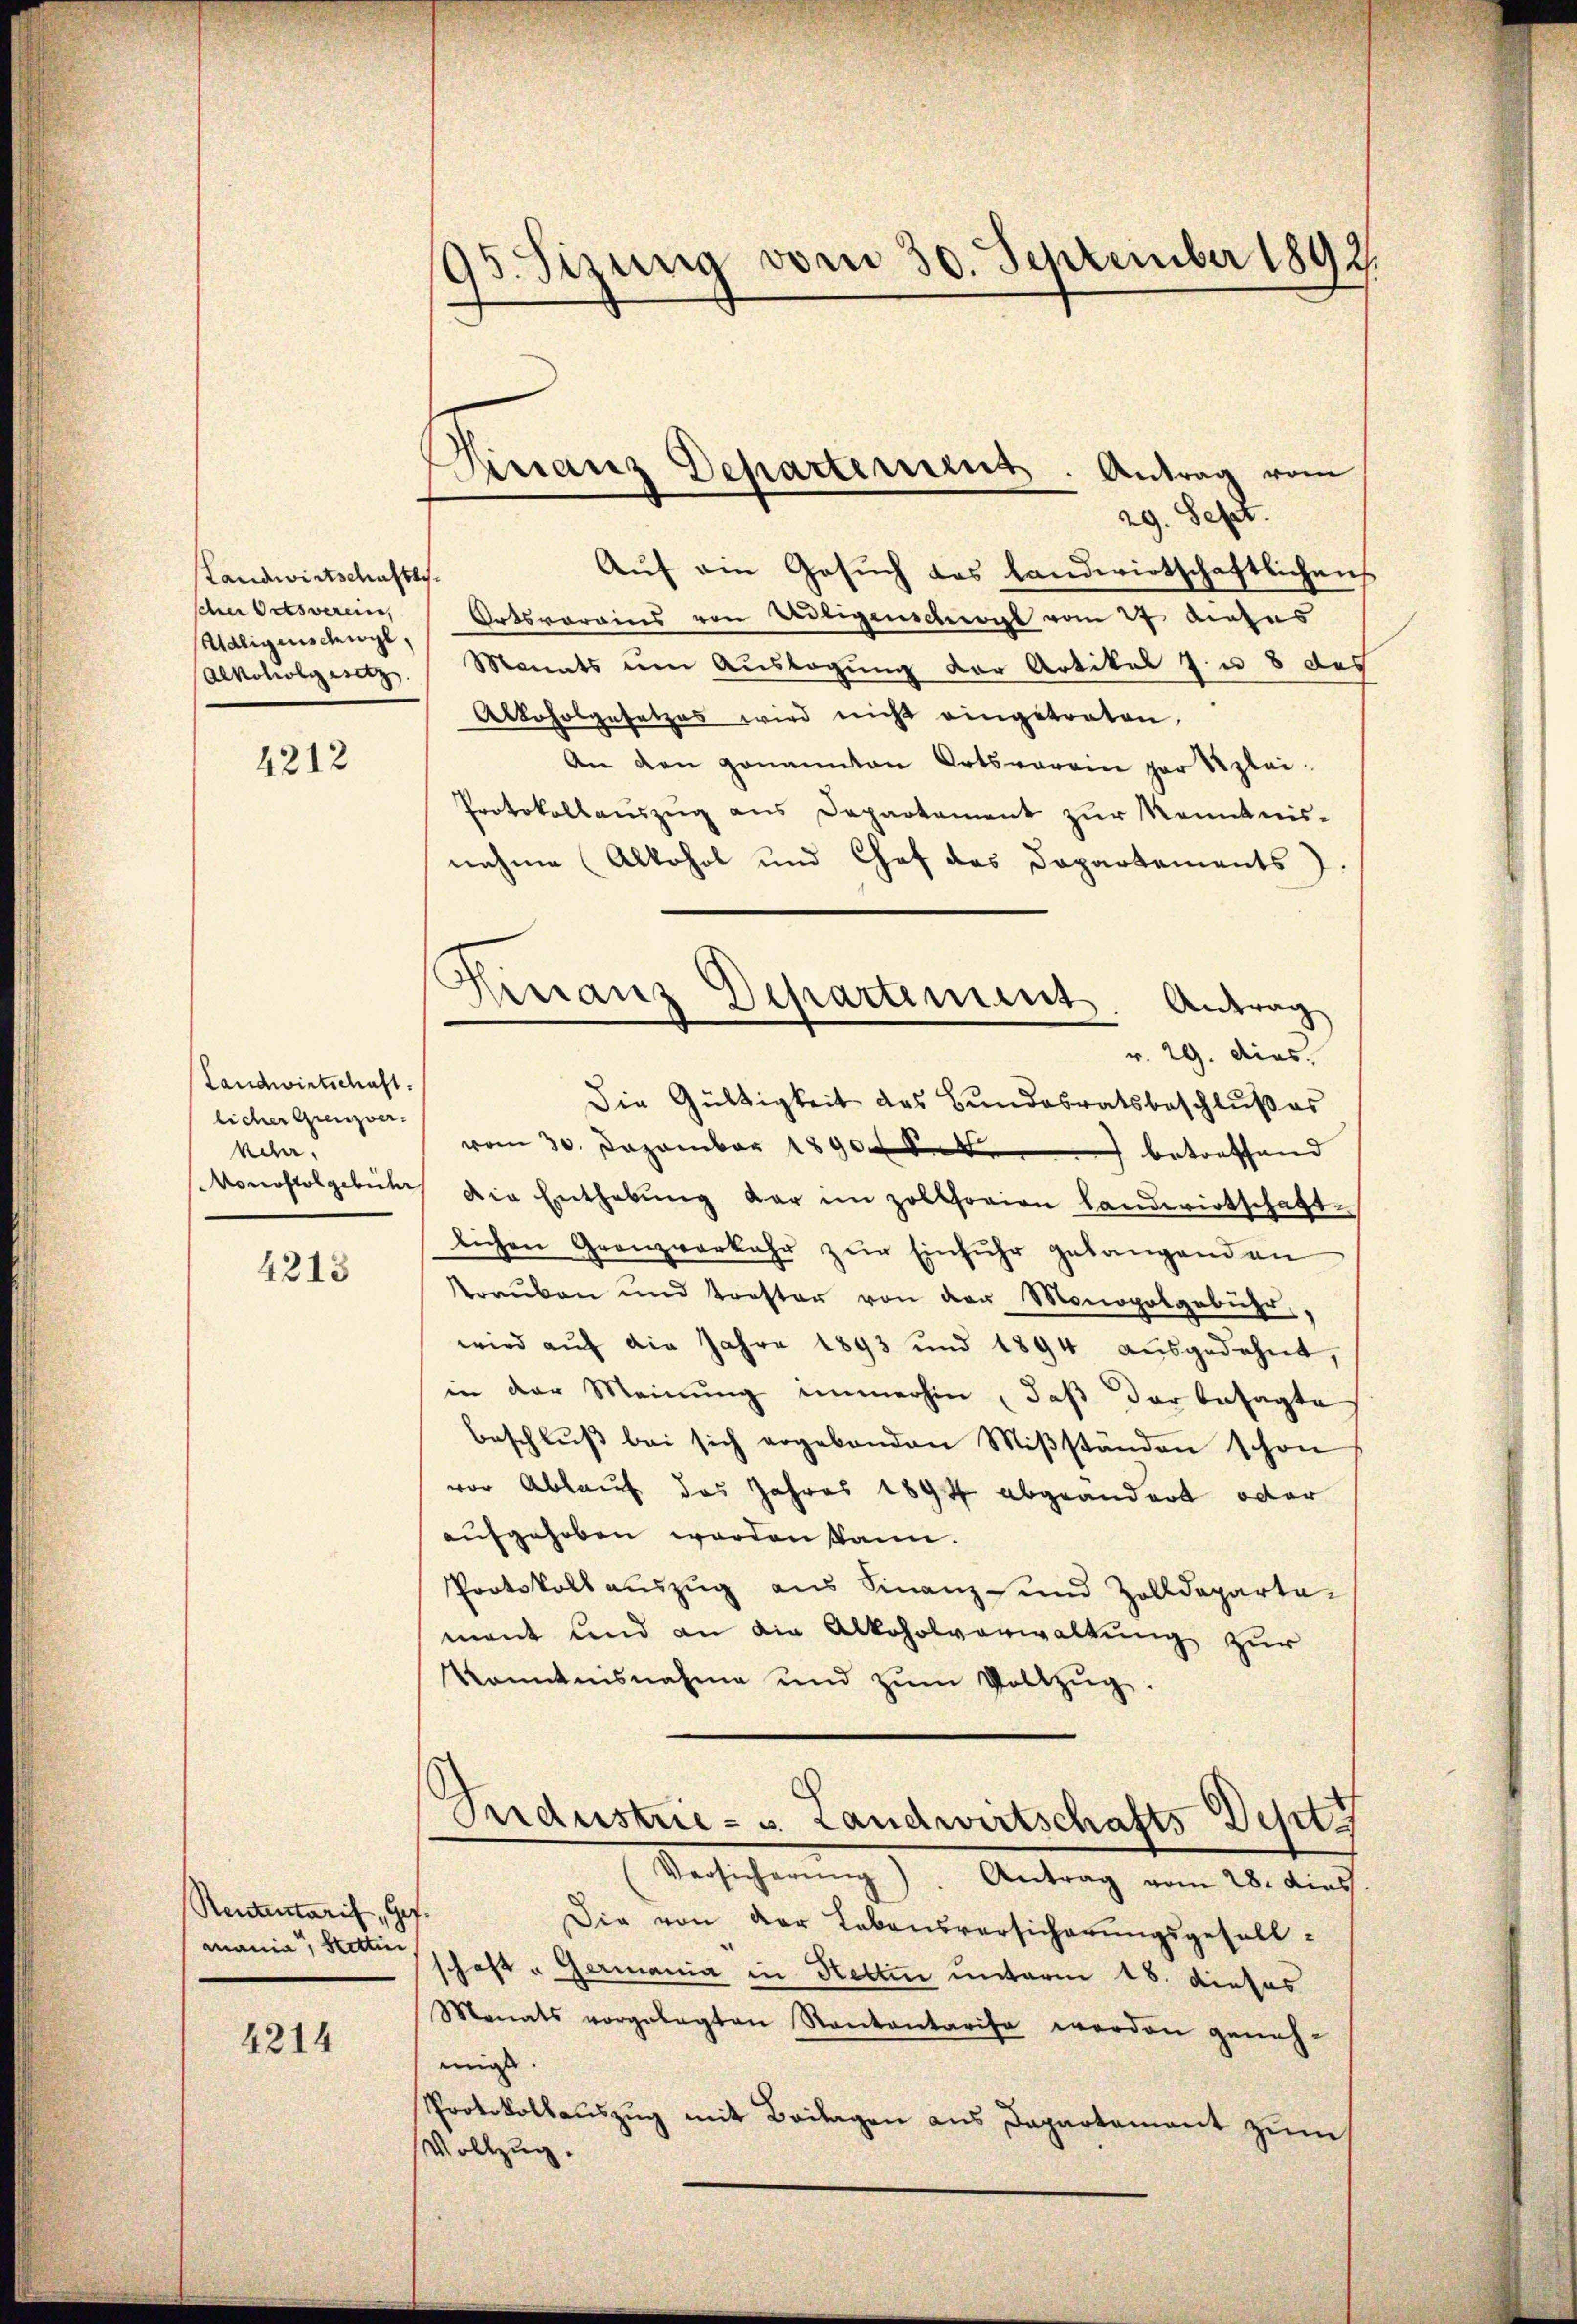
Landwirtschaftes.
scher Ortsverein,
Waligenschwyl,
Alkoholgesetz

4212

Landwirtschaft.
licher Grenzver-
ncher,
Monostolgebühr

4213

Rententaris, Ges.
mania, Stettin

4214

95. Sizina vom 30. September 1892.

Finanz Departemens. Antrag vom

mnanz Departement Antrag
d
r. 29. dies.

29. Sept.
Auf ein Gesuch das Landwirtschaftlichen
Ortsvorains von Nötigenschwol vom 27. Augus
Monats um Auslagung der Artikel 7. u. 8 des
Alkoholgesetzes wird nicht eingetreten
An den genannten Ortsverein par Szlei-
Protokollauszug aus Departement zur Kenntnis-
nahme Alkohol und Chef des Dopartements
Die Gültigkeit des Bundesratsbeschlŭβ es
vom 30. Dezember 1890 S. betreffend
Die Enthebŭng dar im Zollhorien Landwirtschaft-
lichen Granzverkehr zur Einfuhr gelangenden
Prauben und Troster von der Monopolgebühr
wird aŭf die Jahre 1893 und 1894 aŭsgedehnt,
in der Meinung immerhin, daß der besagte
beschlŭβ bei sich ergebenden Miβständen schon
vor Ablauf das Jahres 1894 abgeändert oder
aufgehoben worden kann.
Protokoll auszug aus Finanz- und Zolldeparta-
mant und an die Alkoholverwaltung zur
Kenntnisnahme und zŭm Vollzŭg.

Pardustrie - u. Landwirtschafts-Dept

Versicherung). Antrag vom 28. dies
Die von der Lebensversicherungsgefall-
schaft " Germania in Hettin unterm 18. dieses
Monats vorgelegten Kantantarise werden geneh-
migt
Protokollauszug mit Beilagen aus Departement zum
Vollzug.